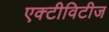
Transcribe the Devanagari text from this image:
एक्टीविटीज